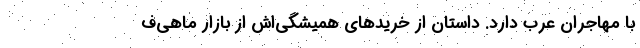
با مهاجران عرب دارد. داستان از خرید‌های همیشگی‌اش از بازار ماهی‌ف